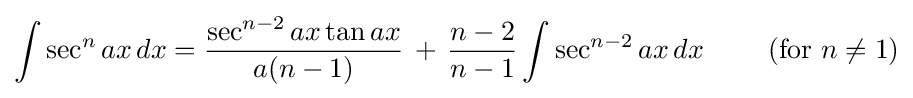
\int \sec ^{n}{ax}\,dx={\frac {\sec ^{n-2}{ax}\tan {ax}}{a(n-1)}}\,+\,{\frac {n-2}{n-1}}\int \sec ^{n-2}{ax}\,dx\qquad {\mbox{ (for }}n\neq 1{\mbox{)}}